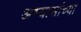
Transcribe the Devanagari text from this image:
अभ्यासांच्या